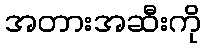
အတားအဆီးကို